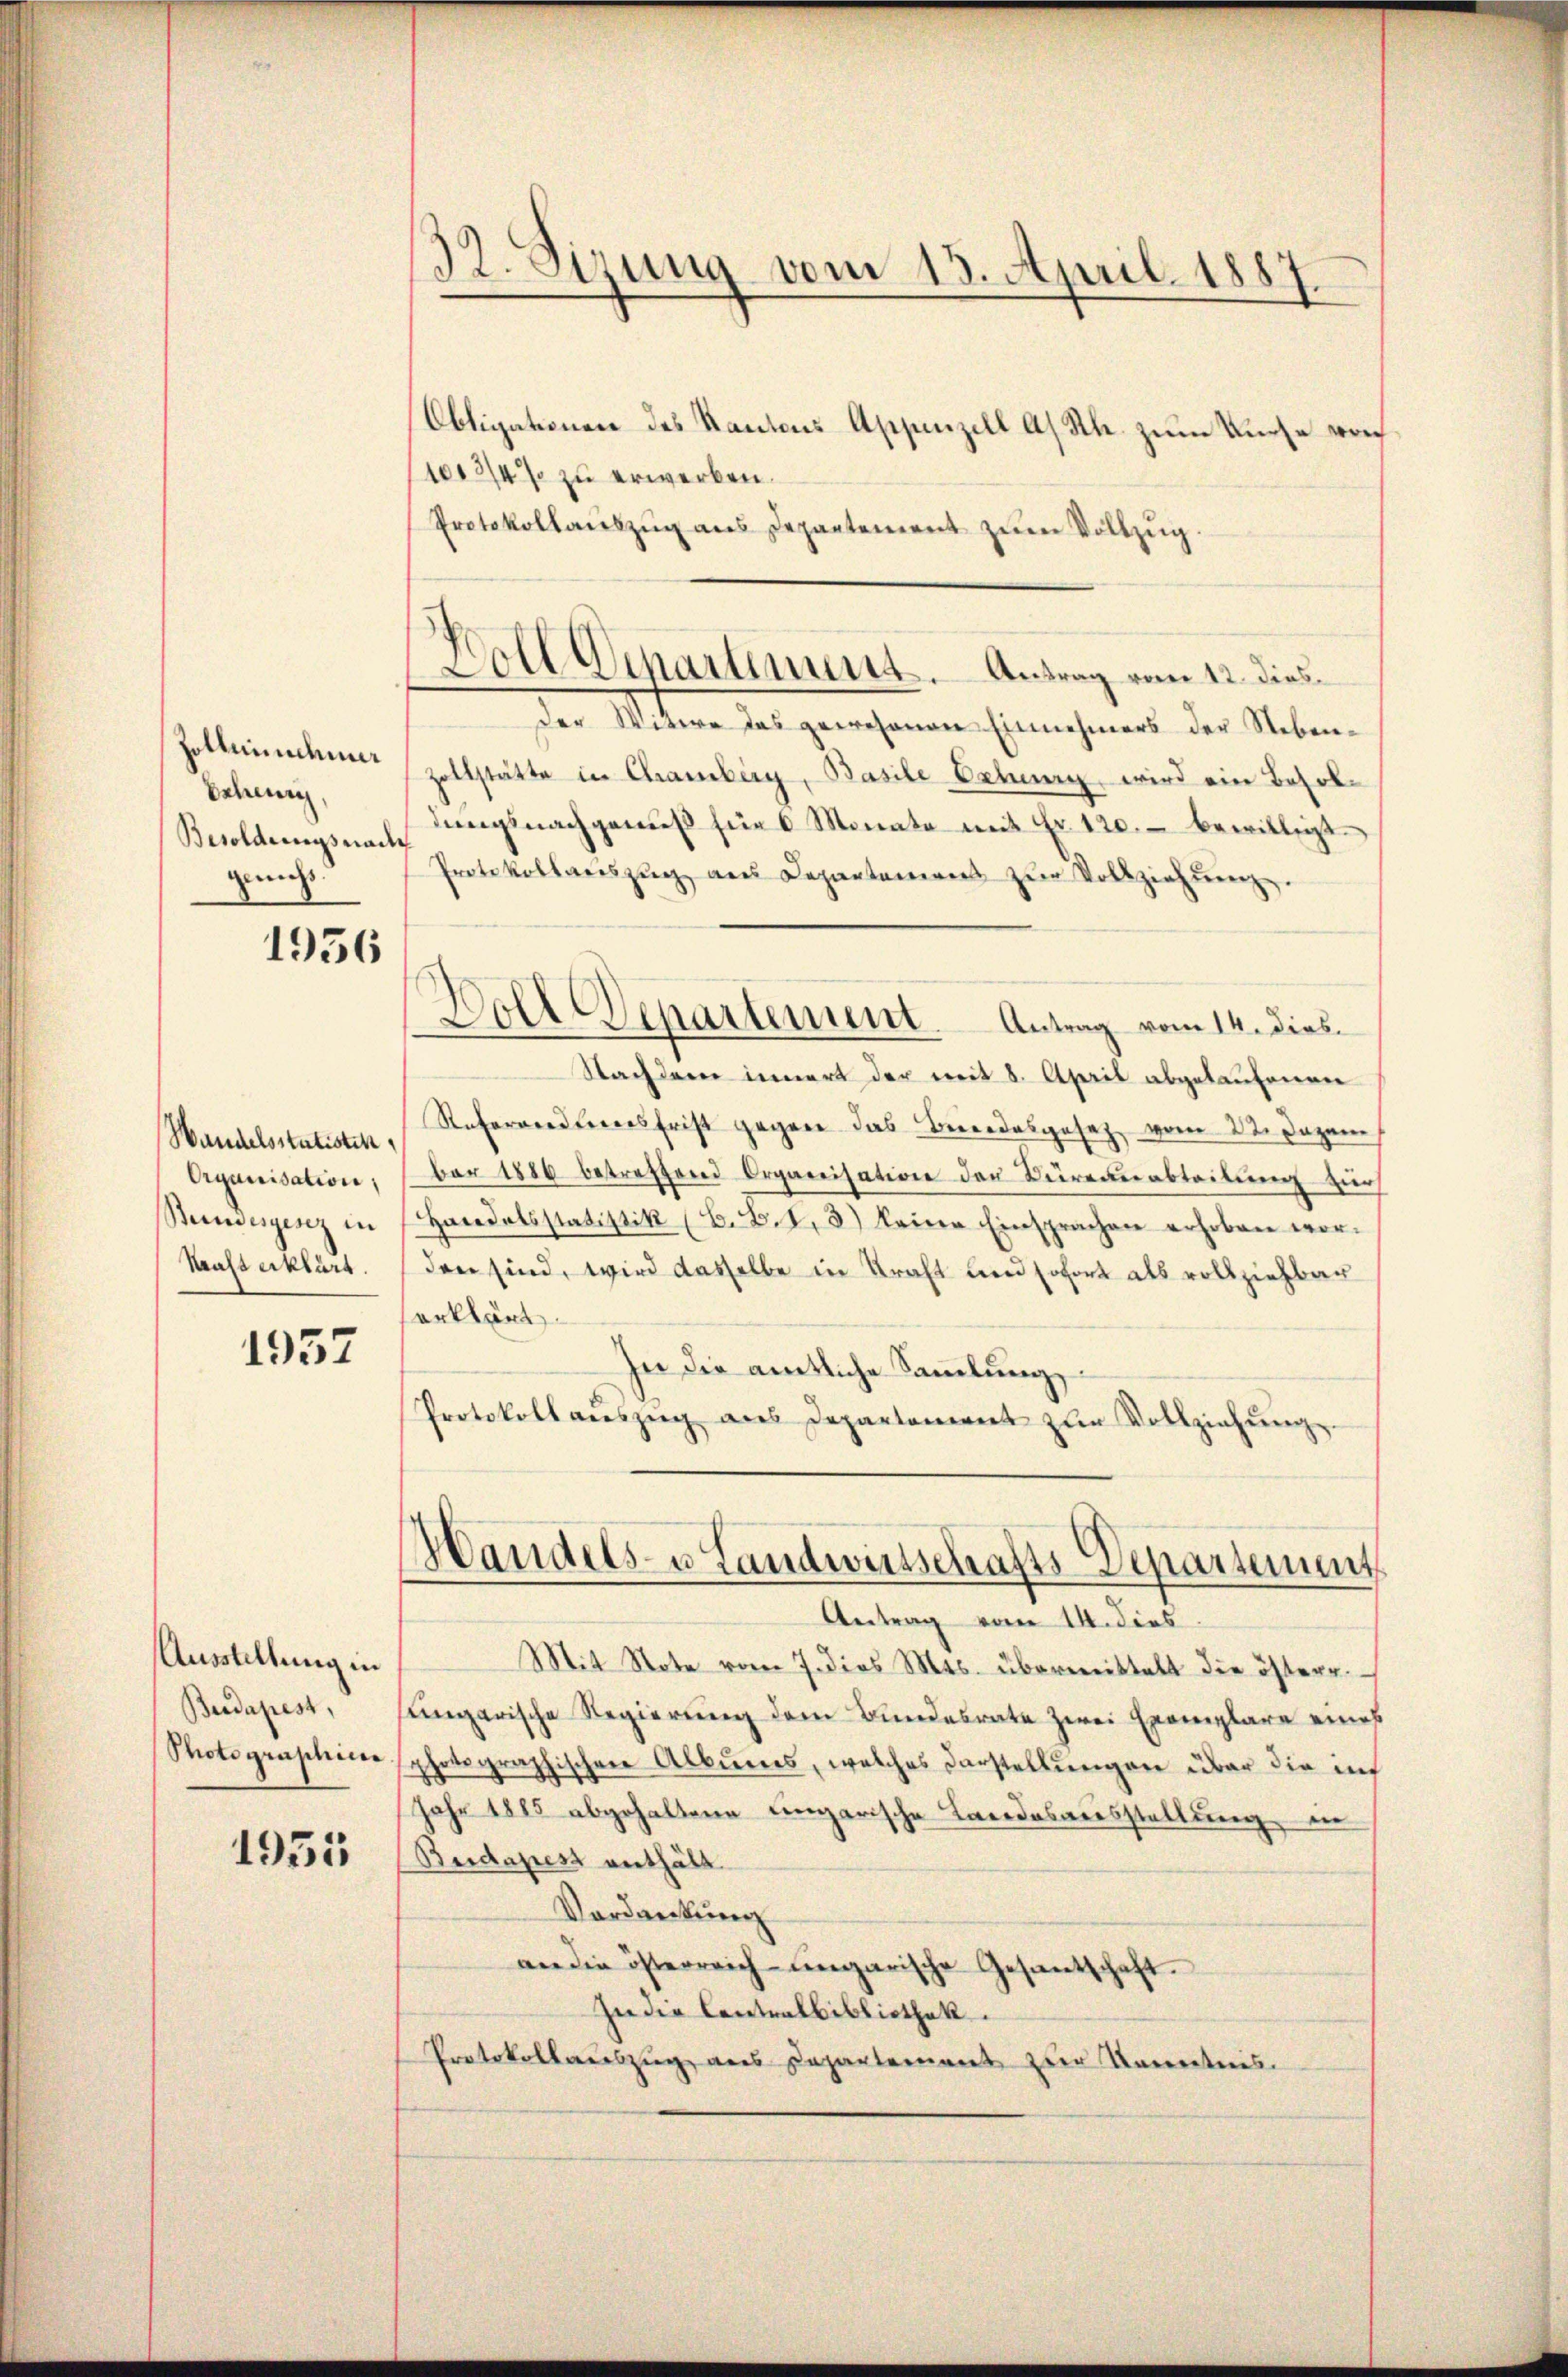
Holleichn
Scheun
Besoldungsnach
geichs

1956

Handelsstatisten
Organisation,
Bundesgesez in

1957

Ausstellung in
Budapest,
Photograschic

1951

32. Sizung vom 13. April 1887.

Obligationen des Kantons Appenzell A. Rh. zum Kurse vor
1012/4% zu erwerben.
Protokollaŭszŭg ans Departement zŭm Vollzŭg.
der Witwe das gewesenen Einnehmers der Neben¬
Zollstätte in Chamberg, Basile Gebung, wird ein Besoldŭngsnachgewiß für 6 Monate mit Fr. 120. bewilligt
Protokollaŭszŭg an Departamens zŭr Vollziehŭng.
Woll Departement. Antrag vom 14. dies¬
Nachderer innert der mit 8. April abgelaufenen
Reformensterersfrist gegen das Beiendesgesetz vom 22. Dezem
ber 1886 betreffend Organisation der Bereuerabteilŭng zur
Handelsstatistik (B.B. 1. 3) keine Einsprachen erhoben wor-
Hausserklärt. (den sind, wird dasselbe in Kraft und sofort als vollziehbar
serklärt.
In die amtliche Sammlung,
Protokoll aŭszŭg aŭs Departonient zŭr Vollziehŭng.

Boll Vikartement. Antrag vom 12. dies¬

Handels- u Landwirtschafts-Departement

Antrag vom 14. dies
Mit Note vom 7. dies Mts. übermittelt die österr.
ungarische Regierung dem Bundesrate zwei Exemplare eines
photographischen Albunes, welches Darstellungen über die inf
Jahr 1885 abgehaltene ungarische Landesausstellung in
Besdapest enthält.
Vordankung
an die österreich-ungarische Gesantschaft.
In die Contralbibliothek.
Protokollauszug aus Departement zur Kenntnis.